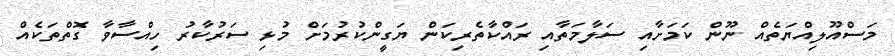
މަސްއޫލިއްޔަތެއް ނޫން ކަމަށާއި ސަލާމަތާއި ރައްކާތެރިކަން ޔަގީންކުރުމަށް މުޅި ސަރުކާރު ހިއްސާވާ ގޮތްތަކެއް